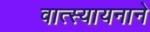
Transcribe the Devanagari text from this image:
वात्स्यायनाने